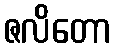
ဇလိတော